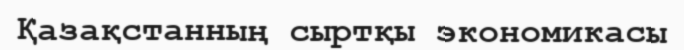
Қазақстанның сыртқы экономикасы